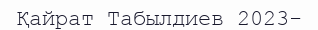
Қайрат Табылдиев 2023-